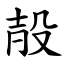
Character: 㱿